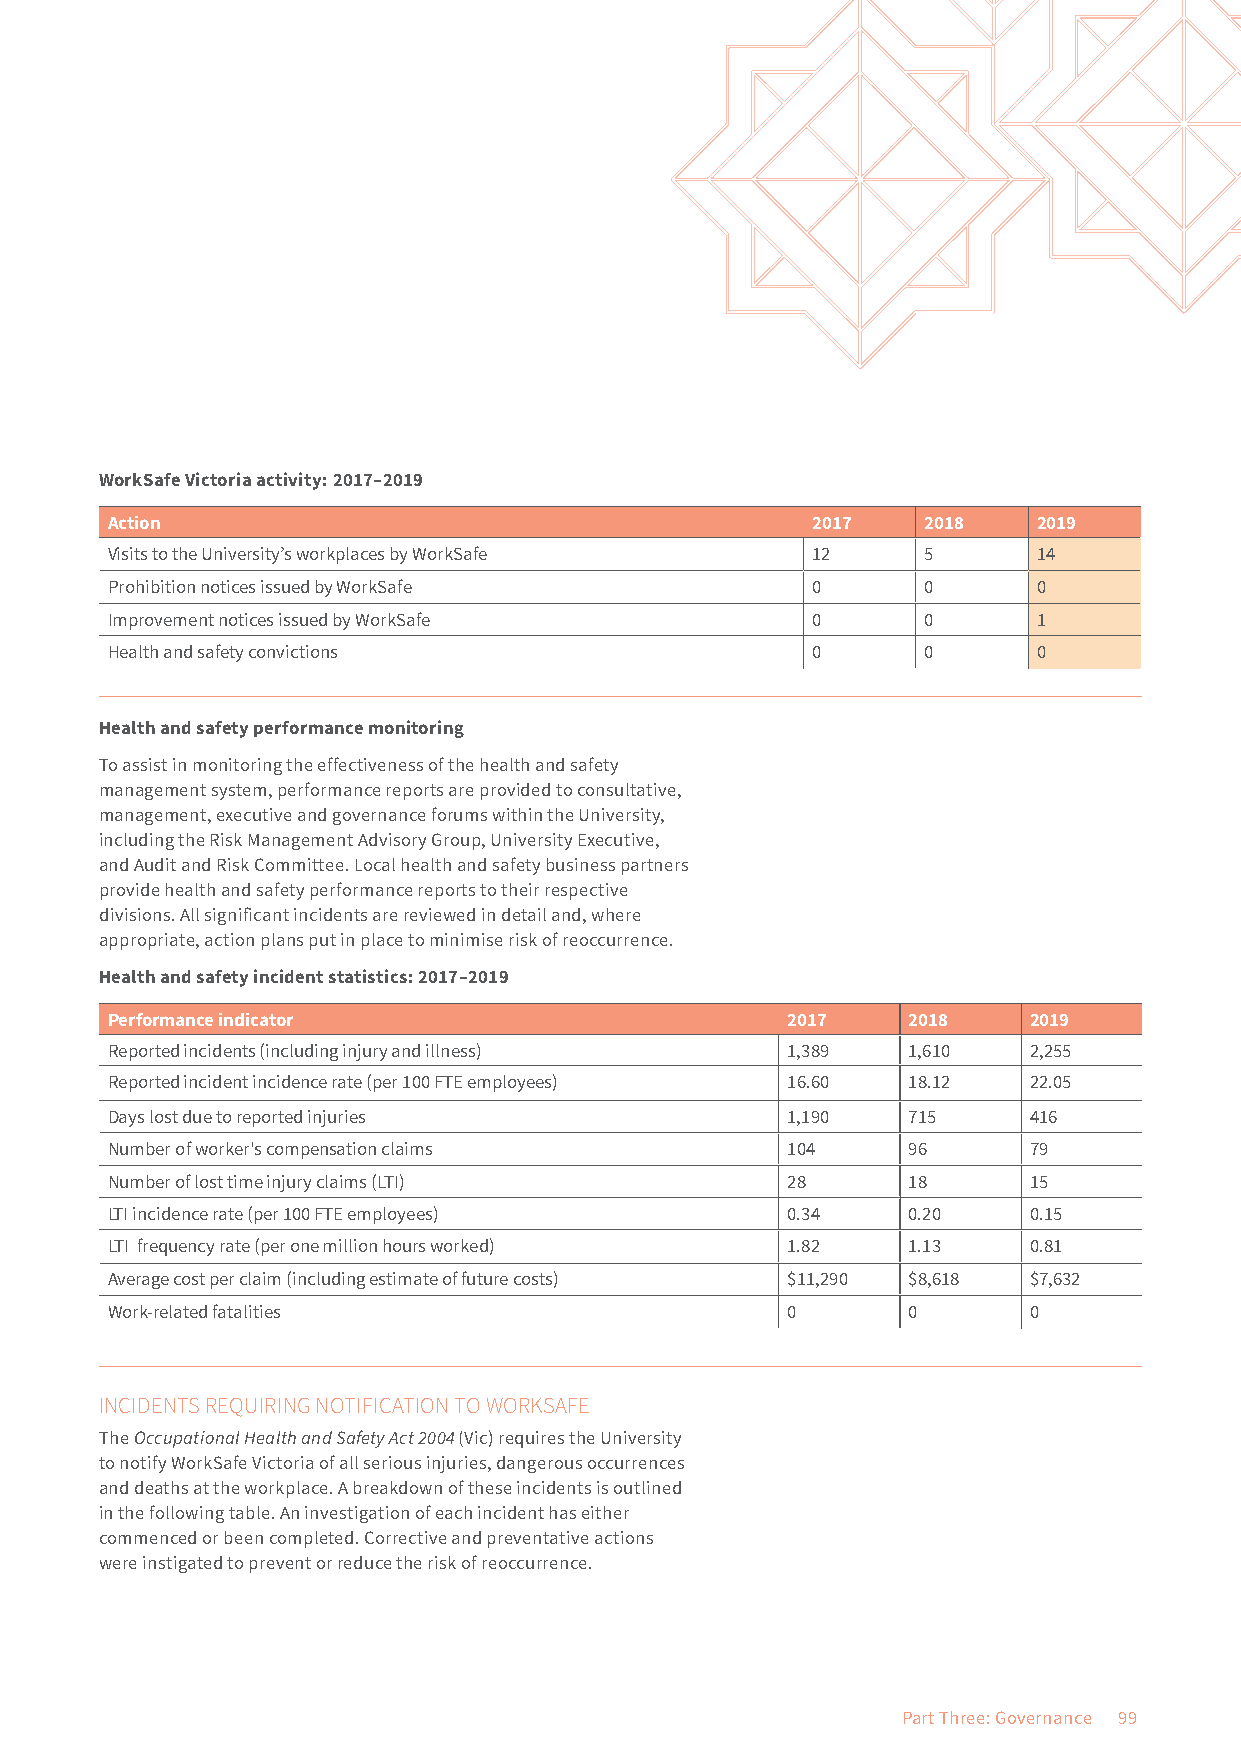
WorkSafe Victoria activity: 2017–2019
 Action                                         2017   2018    2019
 Visits to the University’s workplaces by WorkSafe 12  5       14
 Prohibition notices issued by WorkSafe         0      0       0
 Improvement notices issued by WorkSafe         0      0       1
 Health and safety convictions                  0      0       0
 Health and safety performance monitoring
 To assist in monitoring the effectiveness of the health and safety
 management system, performance reports are provided to consultative,
 management, executive and governance forums within the University,
 including the Risk Management Advisory Group, University Executive,
 and Audit and Risk Committee. Local health and safety business partners
 provide health and safety performance reports to their respective
 divisions. All significant incidents are reviewed in detail and, where
 appropriate, action plans put in place to minimise risk of reoccurrence.
 Health and safety incident statistics: 2017–2019
 Performance indicator                        2017    2018    2019
 Reported incidents (including injury and illness) 1,389 1,610 2,255
 Reported incident incidence rate (per 100 FTE employees) 16.60 18.12 22.05
 Days lost due to reported injuries           1,190   715     416
 Number of worker's compensation claims       104     96      79
 Number of lost time injury claims (LTI)      28      18      15
 LTI incidence rate (per 100 FTE employees)   0.34    0.20    0.15
 LTI frequency rate (per one million hours worked) 1.82 1.13  0.81
 Average cost per claim (including estimate of future costs) $11,290 $8,618 $7,632
 Work-related fatalities                      0       0       0
 INCIDENTS REQUIRING NOTIFICATION TO WORKSAFE
 The Occupational Health and Safety Act 2004 (Vic) requires the University
 to notify WorkSafe Victoria of all serious injuries, dangerous occurrences
 and deaths at the workplace. A breakdown of these incidents is outlined
 in the following table. An investigation of each incident has either
 commenced or been completed. Corrective and preventative actions
 were instigated to prevent or reduce the risk of reoccurrence.
 Part Three: Governance 99